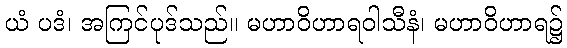
ယံ ပဒံ၊ အကြင်ပုဒ်သည်။ မဟာဝိဟာရဝါသီနံ၊ မဟာဝိဟာရ၌